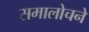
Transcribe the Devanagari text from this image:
समालोचने